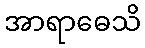
အာရာဓေသိ